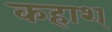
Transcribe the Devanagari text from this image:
कहाश्